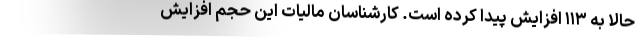
حالا به ۱۱۳ افزایش پیدا کرده است. کارشناسان مالیات این حجم افزایش